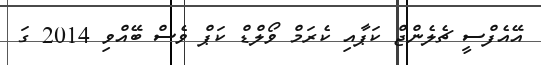
އޭއެފްސީ ޗެލެންޖް ކަޕާއި ކެރަމް ވޯލްޑް ކަޕް ވެސް ބޭއްވި 2014 ގަ